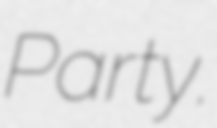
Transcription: Party.